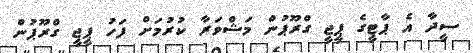
ސީދާ އެ ޕާޓީގެ ޕީޖީ ގްރޫޕުން މަޝްވަރާ ކުރުމަށް ފަހު ޕީޖީ ގްރޫޕުން